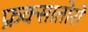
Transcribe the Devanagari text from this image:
फ्रक्सातोरो